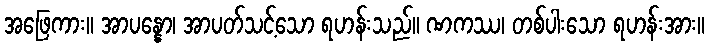
အဖြေကား။ အာပန္နော၊ အာပတ်သင့်သော ရဟန်းသည်။ ဏကဿ၊ တစ်ပါးသော ရဟန်းအား။